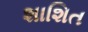
શાશિત